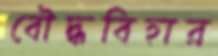
বৌদ্ধবিহার